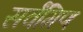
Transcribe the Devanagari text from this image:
सर्वंगिण